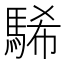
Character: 䮎